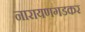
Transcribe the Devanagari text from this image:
नारायणगडकर